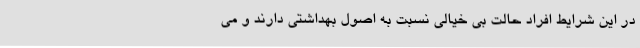
در این شرایط افراد حالت بی خیالی نسبت به اصول بهداشتی دارند و می